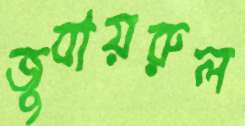
জুবায়রুল